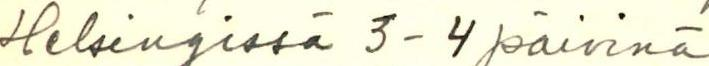
Helsingissä 3-4 päivinä